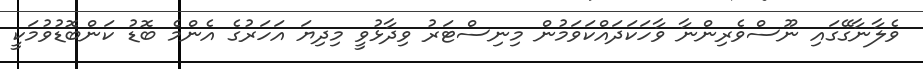
ވެލާނާގޭގައި ނޫސްވެރިންނާ ވާހަކަދައްކަވަމުން މިނިސްޓަރު ވިދާޅުވީ މިދިޔަ އަހަރުގެ އެންމެ ބޮޑު ކަންބޮޑުވުމަކީ